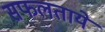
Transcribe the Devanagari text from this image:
सफलताये